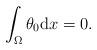
LaTeX: \begin{align*}\int_{\Omega} \theta_{0} \mathrm{d} x = 0. \end{align*}